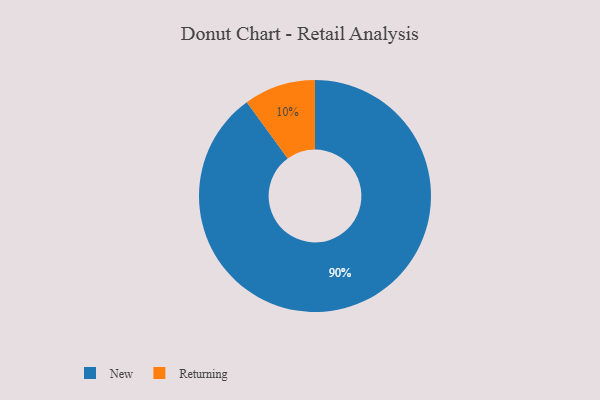
{"axis": {"x": "Category", "y": "Percentage"}, "legend": ["New", "Returning"], "data": [{"x": "Returning", "y": 10, "type": "Returning"}, {"x": "New", "y": 90, "type": "New"}]}